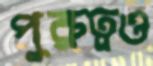
পুরুত্বও